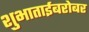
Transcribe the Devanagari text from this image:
शुभाताईबरोबर